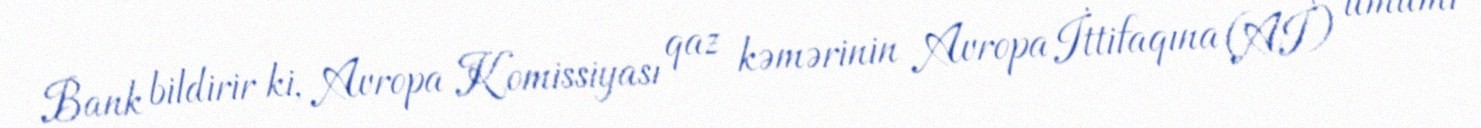
Bank bildirir ki, Avropa Komissiyası qaz kəmərinin Avropa İttifaqına (Aİ) ümumi